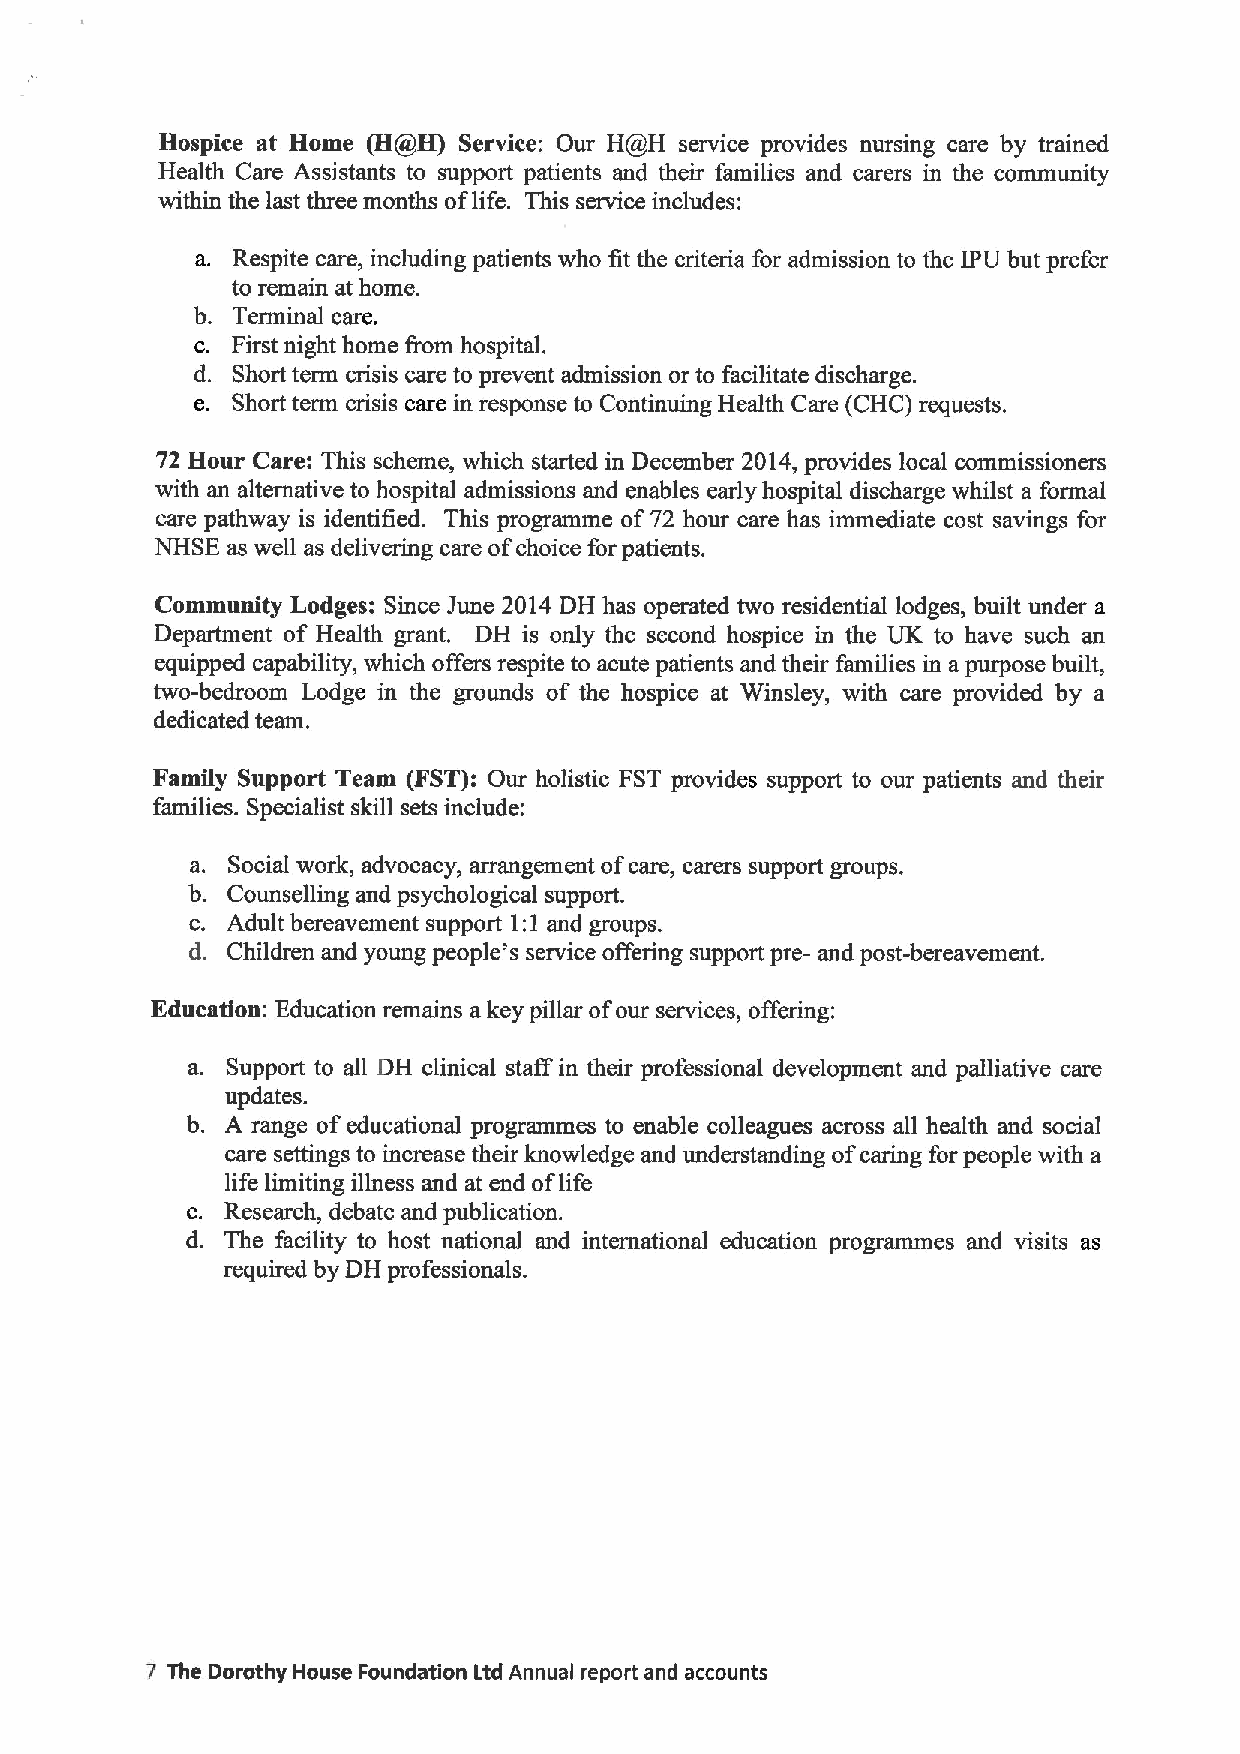
Hospice at Home (HH) Service: Our HH service provides nursing care by trained
 Health Care Assistants to support patients and their families and carers in the community
 within the last three months oflife. This service includes:
 a. Respite care, including patients who fit the criteria for admission to the IPU but prefer
 to remain at home.
 b. Terminal care.
 c. First night home from hospital.
 d. Short term crisis care to prevent admission or to facilitate discharge.
 e. Short term crisis care in response to Continuing Health Care (CHC) requests.
 72 Hour Care: This scheme, which started in December 2014,provides local commissioners
 with an alternative to hospital admissions and enables early hospital discharge whilst a formal
 care pathway is identified. This programme of72 hour care has immediate cost savings for
 NHSE as well as delivering care ofchoice for patients.
 Community Lodges: Since June 2014 DH has operated two residential lodges, built under a
 Deparhnent of Health grant. DH is only the second hospice in the UK to have such an
 equipped capability, which offers respite to acute patients and their families in apurpose built,
 two-bedroom Lodge in the grounds of the hospice at Winsley, with care provided by a
 dedicated team.
 Family Support Team (FST):Our holistic FST provides support to our patients and their
 families. Specialist skill sets include:
 a. Social work, advocacy, arrangement ofcare, carers support groups.
 b. Counselling and psychological support.
 c. Adult bereavement support I: I and groups.
 d. Children and young people's service offering support pre- and post-bereavement.
 Education: Education remains a key pillar ofour services, offering:
 a. Support to all DH clinical staff in their professional development and palliative care
 updates.
 b. A range ofeducational programmes to enable colleagues across all health and social
 care settings to increase their knowledge and understanding ofcaring for people with a
 life limiting illness and at end oflife
 c. Research, debate and publication.
 d. The facility to host national and international education programmes and visits as
 required by DH professionals.
 7 The Dorothy House Foundation Ltd Annual report and accounts